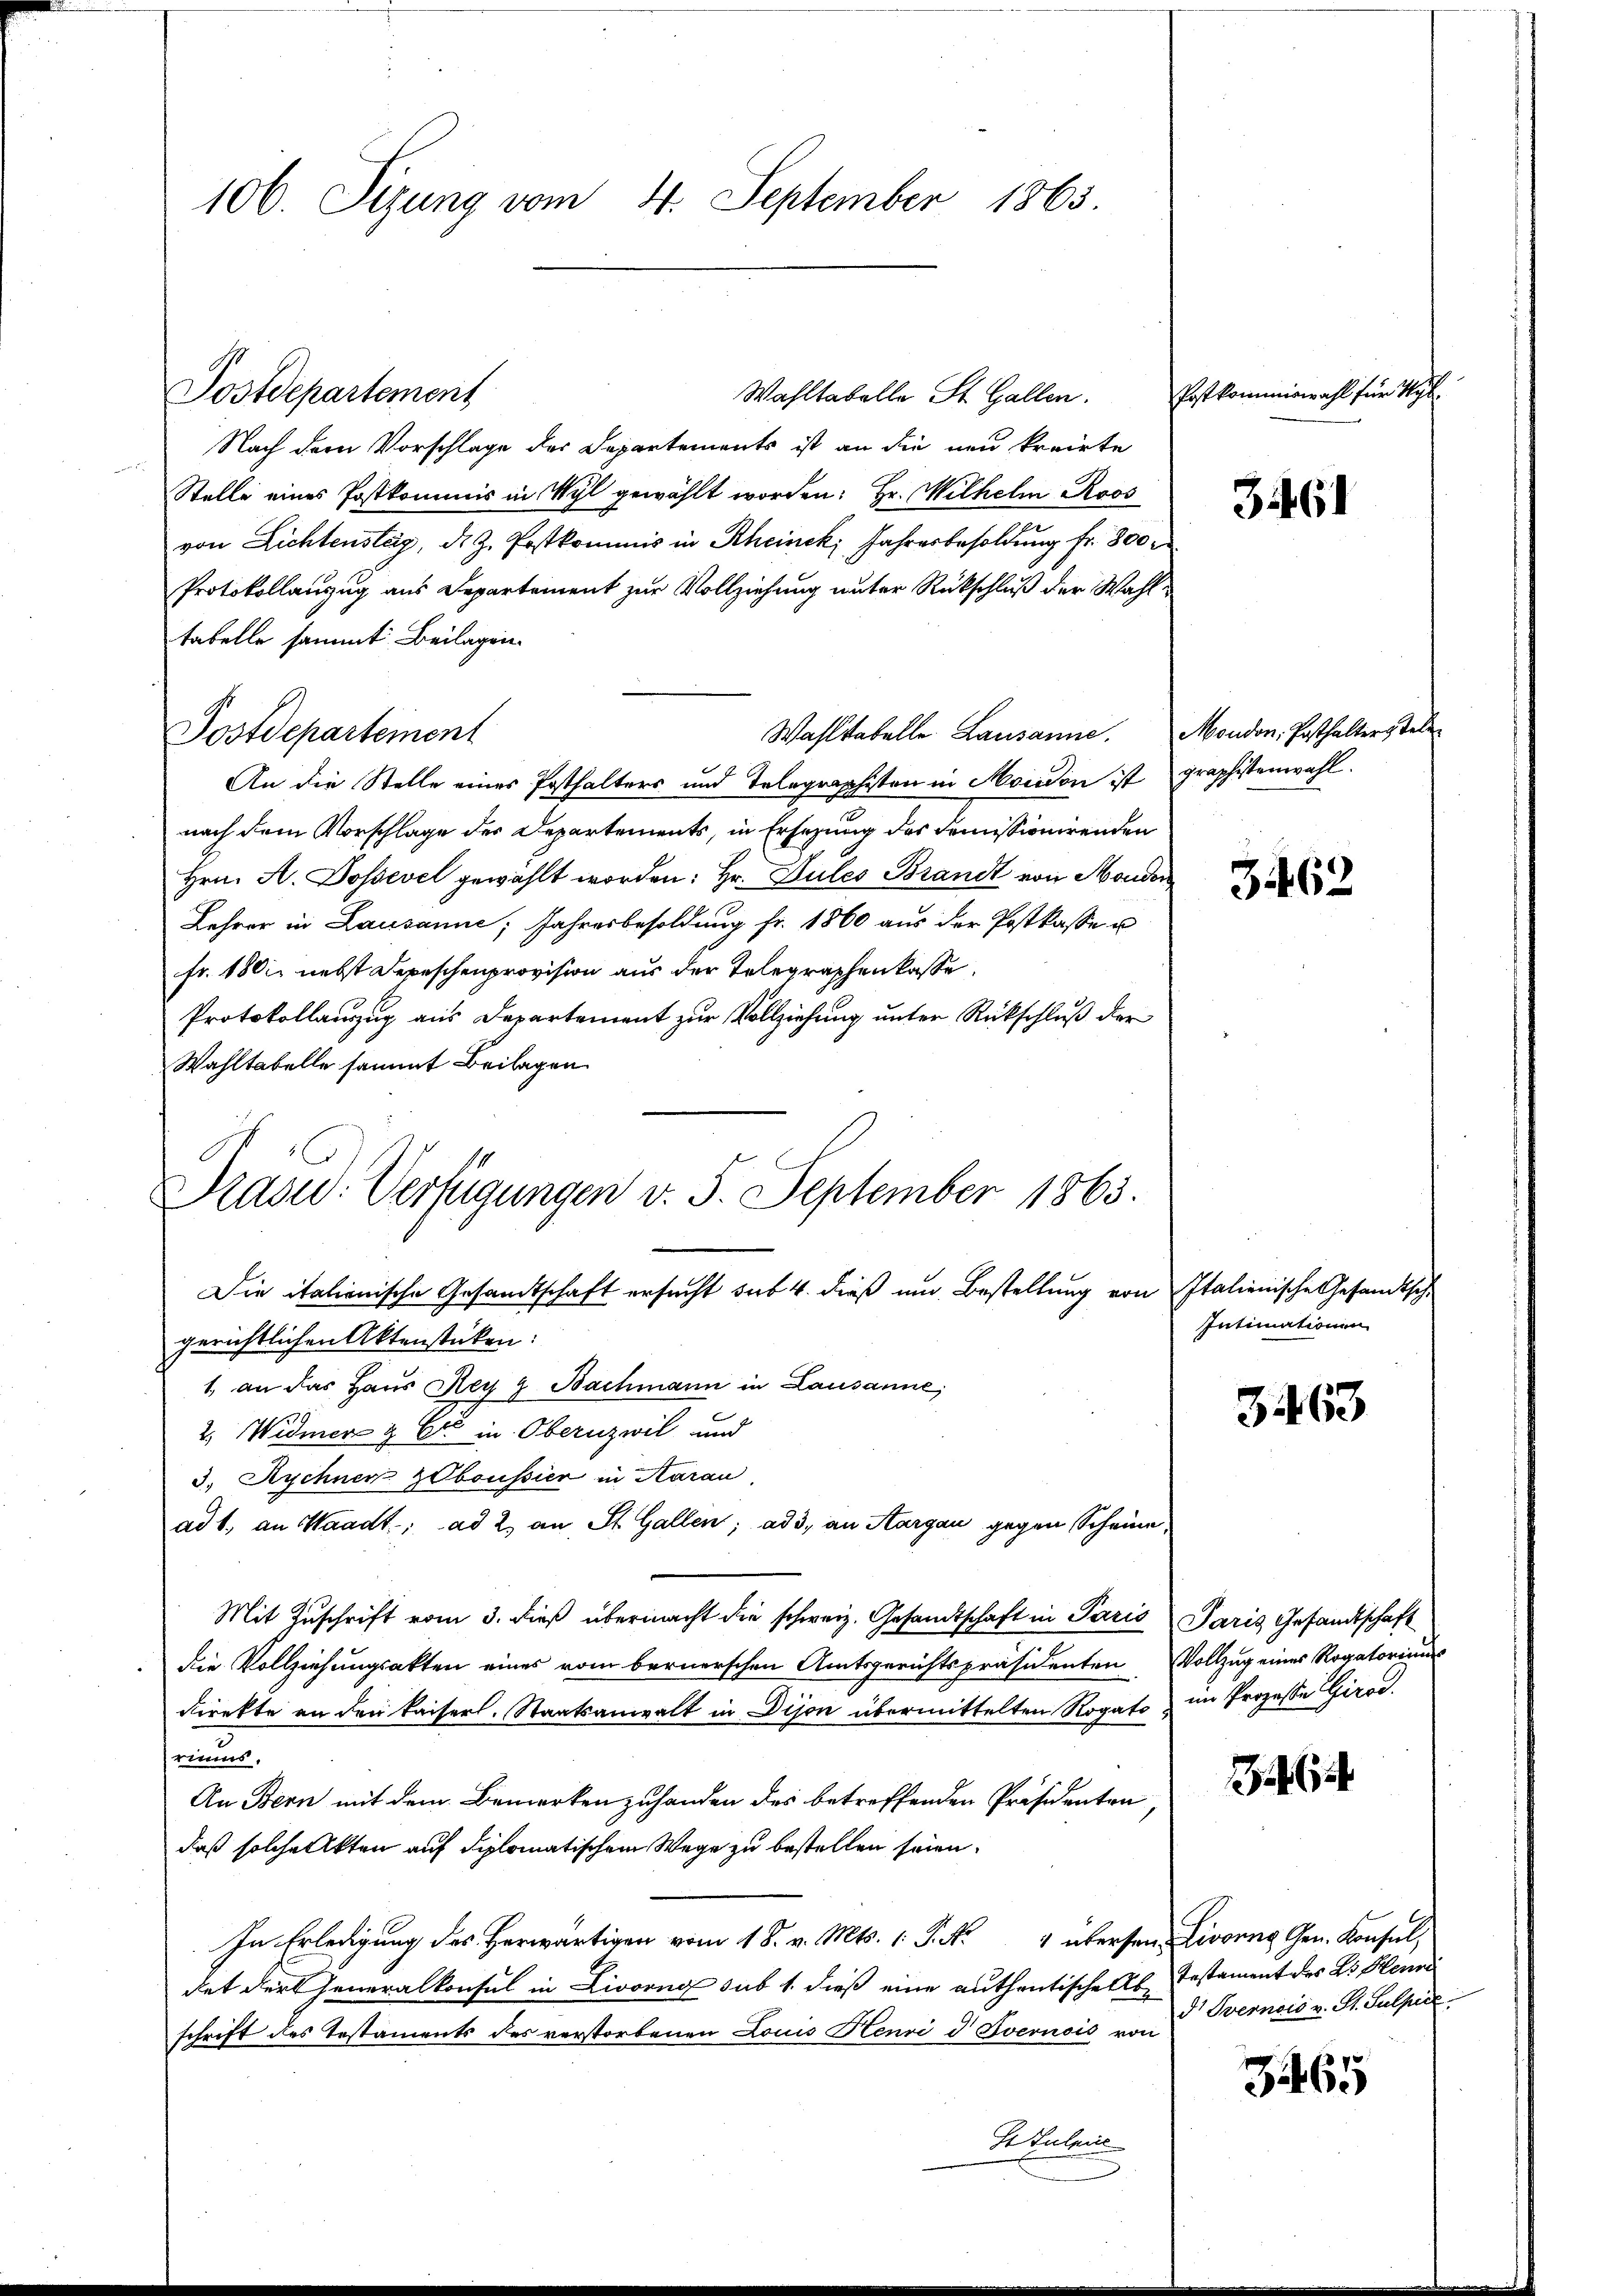
106. Sizung vom 4. September 1865.

Wahltabelle St. Gallen.
Nach dem Vorschlage der Departements ist an die und kreiste
Stelle eines Postkommis in Wyl gewählt worden: Hr. Wilhelm Roos
von Lichtenstag, d. H. Postkommis in Rheinek Jahresbesoldung fr. 800 r
Protokollanzug aus Departement zur Vollziehung unter Rückschluß der Wahltabelle sammt Beilagen.
Wahlkabelle Lausanne.
An die Stelle eines Posthalters und Telegraphisten in Moudon ist graphistenwahl.
nach dem Vorschlage des Departements, in Ersezung des domissionirenden
Hrn. A. Dosevel gewählt worden: Hr. Gules Brandt von Monder
Lehrer in Lausanne, Jahresbesoldung fr. 1860 aus der Postkasse u
fr. 1800 nebst Depeschenprovision aus der Telegraphenkasse.
Protokollauszug aus Departement zur Vollziehung unter Rückschluß der
Wahltabelle sammt Beilagen
Prasid. Verfügungen v. 5. September 1863.

Postdepartement

Postdepartement

Die italienische Gesandtschaft ersucht sub. 4. dieß und Bestellung von Italienische Gesandtsch
gerichtlichen Aktenstücken:
1. an das Haus Rey g Bachmann in Lausanne,
2. Widmer & Cie in Obernzwil und
3. Rechner ZOboussich in Aarau
ad 1., an Waadt.; ad 2. an St. Gallen; ad 3., an Aargau gegen Scheine,
Mit Zuschrift vom 3. dieß übermacht die schweiz. Gesandtschaft in Paris Paris Gesandtschaft
die Vollziehungsakten eines vom bernerschen Amtsgerichtspräsidenten Vollzug eines Rogatoriums
direkte an den kaiserl. Staatsanwalt in Dison übermittelten Rogato im Prozesse Girod.
riums.
An Bern mit dem Bemerken zuhanden des betreffenden Präsidenten,
daß solche Akten auf diplomatischem Wege zu bestellen seien.
In Erledigung des Herwärtigen vom 18. v. Mts. 1 P. Nr. 4 übersen Livorne Gen. Konsul,
det der Generalkonsul in Livorno sub 1. dieß eine authentische Als Testament des E. Henne
schrift des Testaments des verstorbenen Louis Henri d Sverisis von 5 Pernois v. St. Sulpire
I Suleine

Erstkommiswahl für Mil

3461

Mondon, Posthalterstell

3462

Intimationen

3463

3465